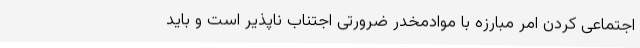
اجتماعی کردن امر مبارزه با موادمخدر ضرورتی اجتناب ناپذیر است و باید